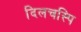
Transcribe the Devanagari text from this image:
दिलचस्पि